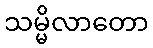
သမ္မိလာတော